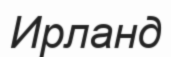
Ирланд